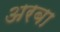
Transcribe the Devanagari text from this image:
अरबा